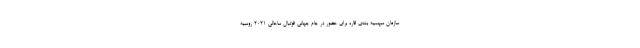
سازمان سهمیه بندی قاره برای حضور در جام جهانی فوتبال ساحالی 2021 روسیه